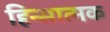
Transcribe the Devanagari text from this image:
हिन्सात्मक